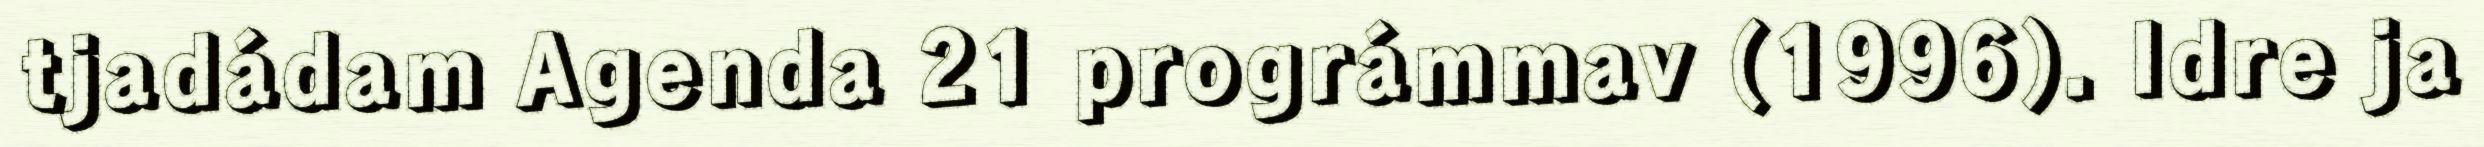
tjadádam Agenda 21 prográmmav (1996). Idre ja